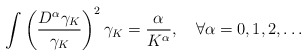
\begin{align*}\int\left(\frac{D^{\alpha}\gamma_K}{\gamma_K}\right)^2\gamma_K=\frac{\alpha}{K^{\alpha}},\quad\forall \alpha=0,1,2,\dots\end{align*}